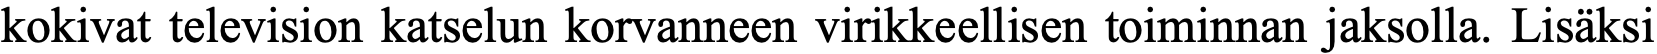
kokivat television katselun korvanneen virikkeellisen toiminnan jaksolla. Lisäksi